Leaving Certificate Examination, 1905
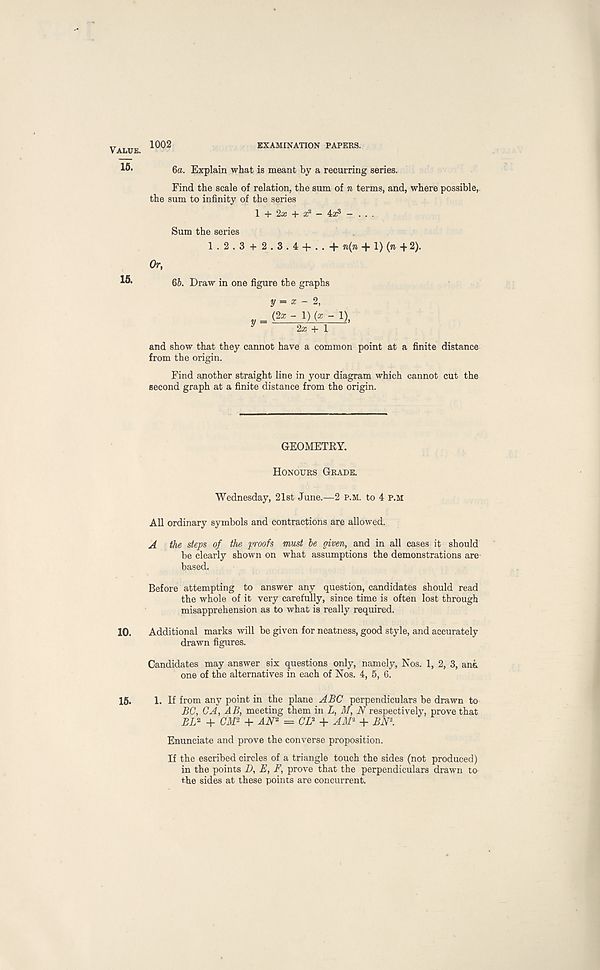
Value.
16.
15.
10.
16.
1002
EXAMINATION PAPERS.
ба. Explain what is meant by a recurring series.
Find the scale of relation, the sum of n terms, and, where possible,
the sum to infinity of the series
1 + 2a: + ic 2 - 4^ - ...
Sum the series
1.2.3 + 2.3.4 + ..+ ^1) 2).
Or, бб. Draw in one figure the graphs
y = x - 2,
= (2a: -!)(*- 1),
y
2a; + 1
and show that they cannot have a common point at a finite distance
from the origin.
Find another straight line in your diagram which cannot cut the
second graph at a finite distance from the origin.
GEOMETRY.
Honours Grade.
Wednesday, 21st June.—2 p.m. to 4 P.M
All ordinary symbols and contractions are allowed.
A the steps of the pvofs must be given, and in all cases it should
be clearly shown on what assumptions the demonstrations are
based.
Before attempting to answer any question, candidates should read
the whole of it very carefully, since time is often lost through
misapprehension as to what is really required.
Additional marks will be given for neatness, good style, and accurately
drawn figures.
Candidates may answer six questions only, namely, Nos. 1, 2, 3, ann
one of the alternatives in each of Nos. 4, 5, 6.
1. If from any point in the plane ABC perpendiculars be drawn to
BC, CA, AB, meeting them in L, M, N respectively, prove that
BL 2 + CM 2 + AN 2 = CD + AM 2 + BN\
Enunciate and prove the converse proposition.
If the escribed circles of a triangle touch the sides (not produced)
in the points D, E, F, prove that the perpendiculars drawn to-
the sides at these points are concurrent.